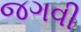
જગવી